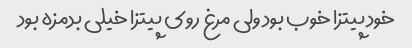
خود پیتزا خوب بود ولی مرغ روی پیتزا خیلی بدمزه بود